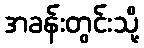
အခန်းတွင်းသို့